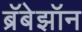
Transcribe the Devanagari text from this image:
ब्रॅबेझॉन